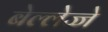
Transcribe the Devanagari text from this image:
बेल्लेज्जे